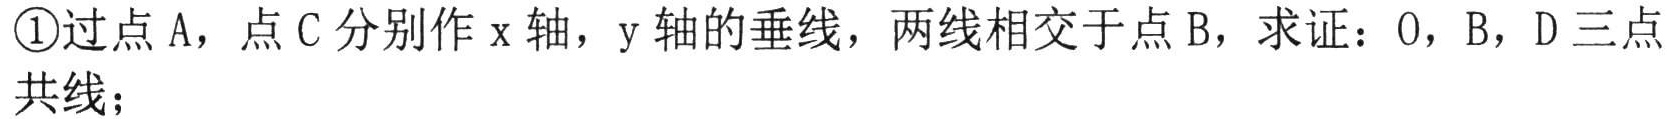
\textcircled{1}过点 A，点 C 分别作 x 轴，y 轴的垂线，两线相交于点 B，求证：O，B，D 三点共线；